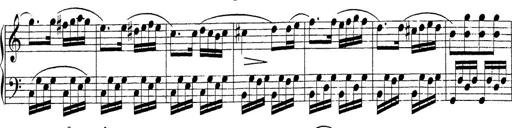
Title: Sonatina Album
Composer: Louis KÃ¶hler